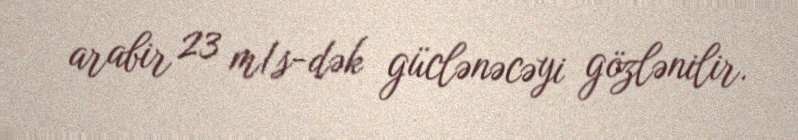
arabir 23 m/s-dək güclənəcəyi gözlənilir.